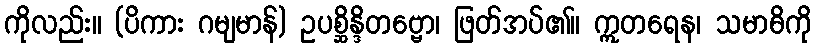
ကိုလည်း။ (ပိကား ဂမျမာန်) ဥပစ္ဆိန္ဒိတဗ္ဗော၊ ဖြတ်အပ်၏။ ဣတရေန၊ သမာဓိကို